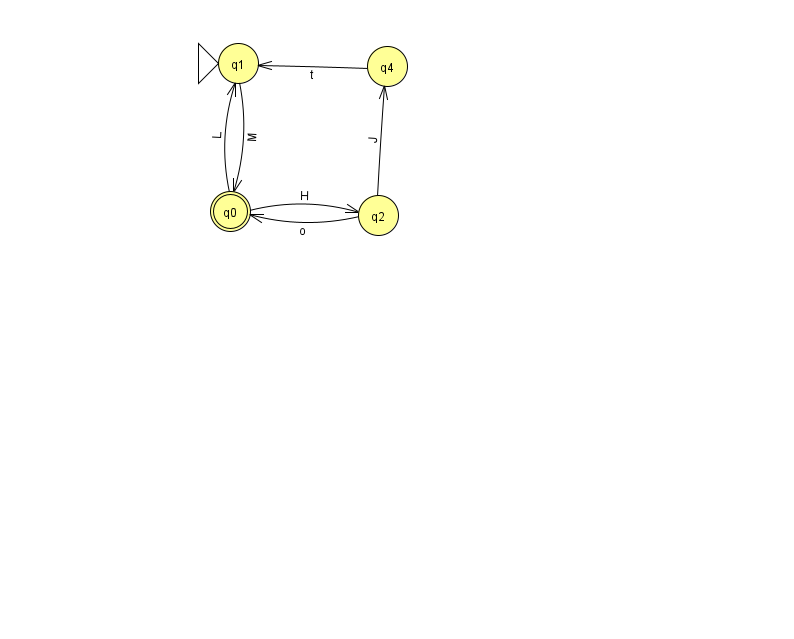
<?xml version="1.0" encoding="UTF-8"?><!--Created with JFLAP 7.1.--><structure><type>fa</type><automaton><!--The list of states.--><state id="0" name="q0"><x>230.0</x><y>198.0</y><final/></state><state id="1" name="q1"><x>238.0</x><y>50.0</y><initial/></state><state id="2" name="q2"><x>378.0</x><y>202.0</y></state><state id="4" name="q4"><x>387.0</x><y>53.0</y></state><!--The list of transitions.--><transition><from>4</from><to>1</to><read>t</read></transition><transition><from>0</from><to>2</to><read>H</read></transition><transition><from>2</from><to>4</to><read>J</read></transition><transition><from>1</from><to>0</to><read>M</read></transition><transition><from>0</from><to>1</to><read>L</read></transition><transition><from>2</from><to>0</to><read>o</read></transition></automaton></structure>